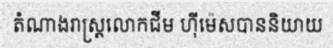
តំណាងរាស្ត្រលោកជីម ហ៊ីម៉េសបាននិយាយ